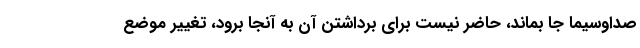
صداوسیما جا بماند، حاضر نیست برای برداشتن آن به آنجا برود، تغییر موضع